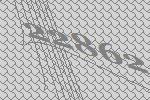
22862